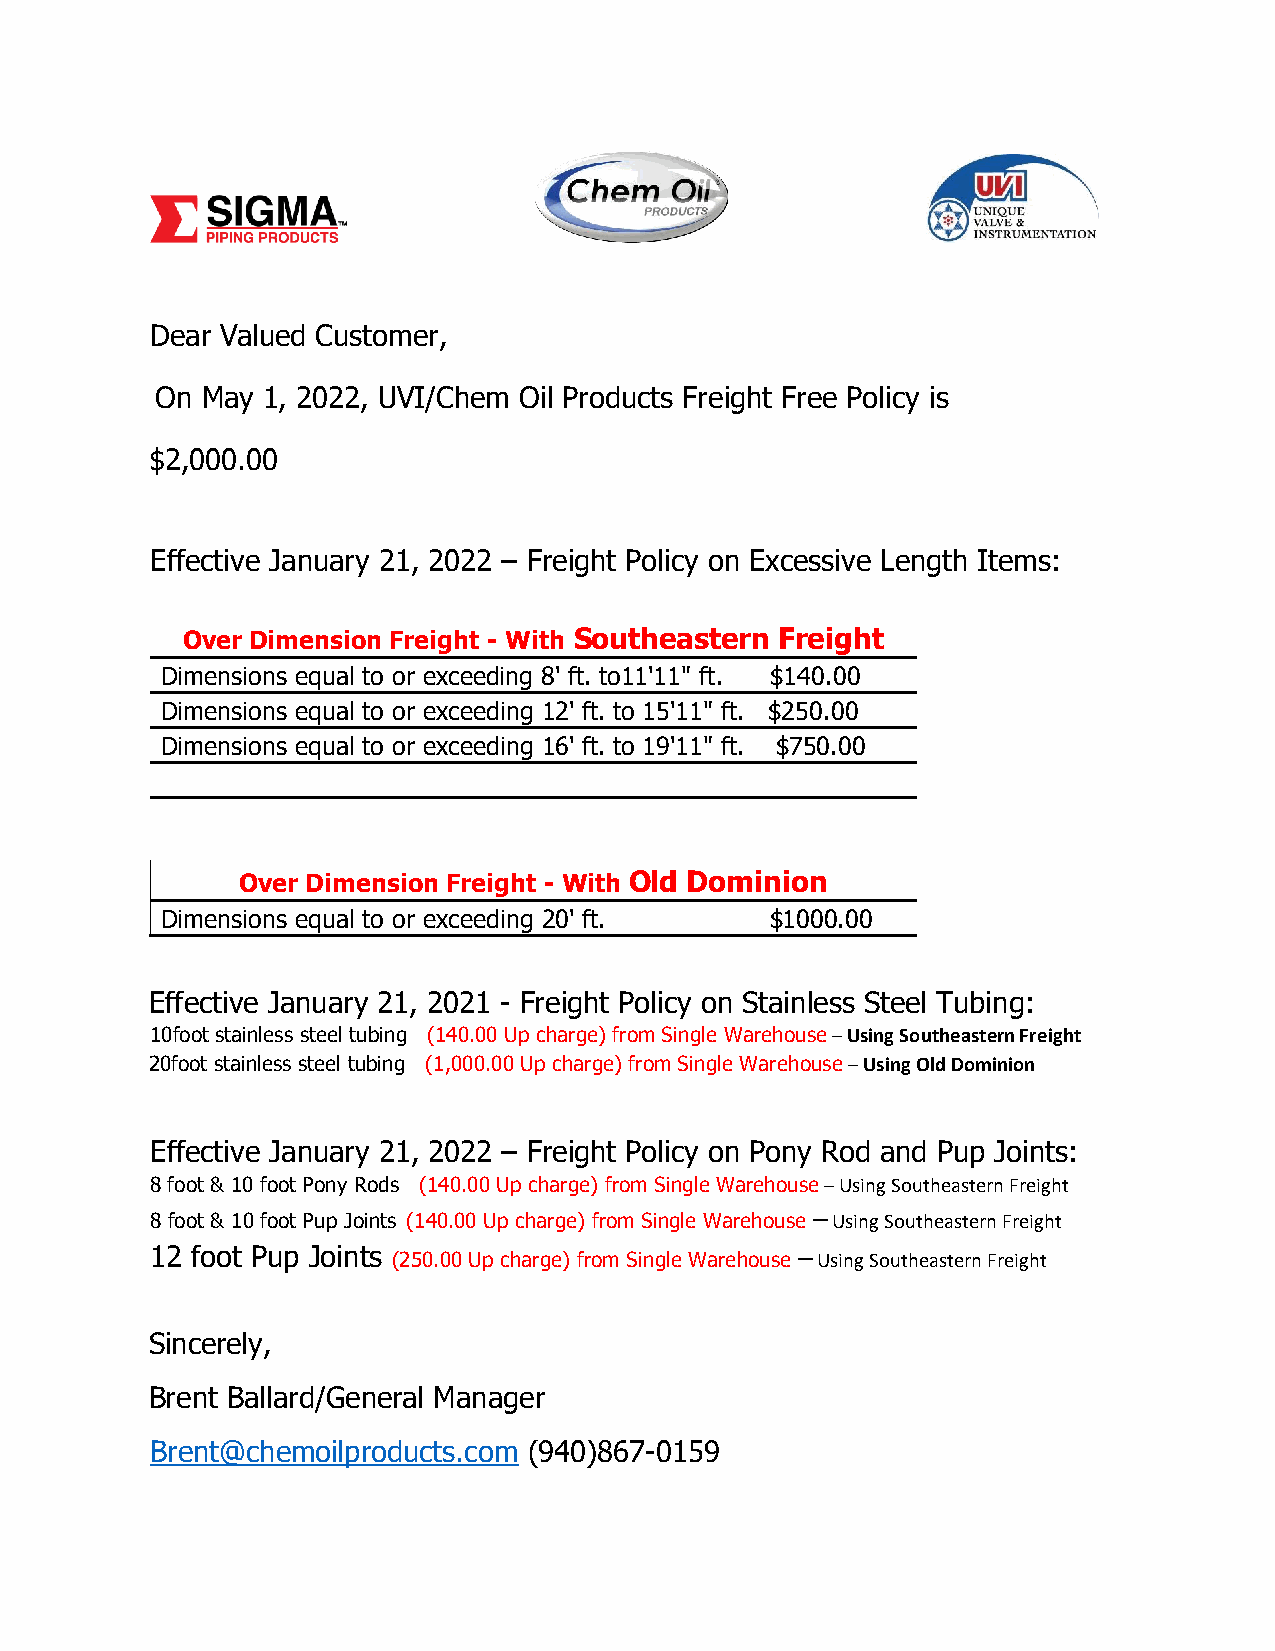
Dear Valued Customer,
 On May 1, 2022, UVI/Chem Oil Products Freight Free Policy is
 $2,000.00
 Effective January 21, 2022 – Freight Policy on Excessive Length Items:
 Over Dimension Freight - With Southeastern Freight
 Dimensions equal to or exceeding 8' ft. to11'11" ft. $140.00
 Dimensions equal to or exceeding 12' ft. to 15'11" ft. $250.00
 Dimensions equal to or exceeding 16' ft. to 19'11" ft. $750.00
 Over Dimension Freight - With Old Dominion
 Dimensions equal to or exceeding 20' ft. $1000.00
 Effective January 21, 2021 - Freight Policy on Stainless Steel Tubing:
 10foot stainless steel tubing (140.00 Up charge) from Single Warehouse – Using Southeastern Freight
 20foot stainless steel tubing (1,000.00 Up charge) from Single Warehouse – Using Old Dominion
 Effective January 21, 2022 – Freight Policy on Pony Rod and Pup Joints:
 8 foot & 10 foot Pony Rods (140.00 Up charge) from Single Warehouse – Using Southeastern Freight
 8 foot & 10 foot Pup Joints (140.00 Up charge) from Single Warehouse – Using Southeastern Freight
 12 foot Pup Joints (250.00 Up charge) from Single Warehouse – Using Southeastern Freight
 Sincerely,
 Brent Ballard/General Manager
 Brent@chemoilproducts.com (940)867-0159